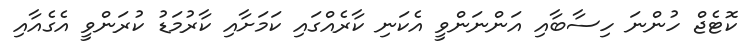
ކޮޓެޖް ހުންނަ ހިސާބާއި އަންނަންވީ އެކަނި ކާރެއްގައި ކަމަށާއި ކާރުމަޑު ކުރަންވީ އެގެއާއި